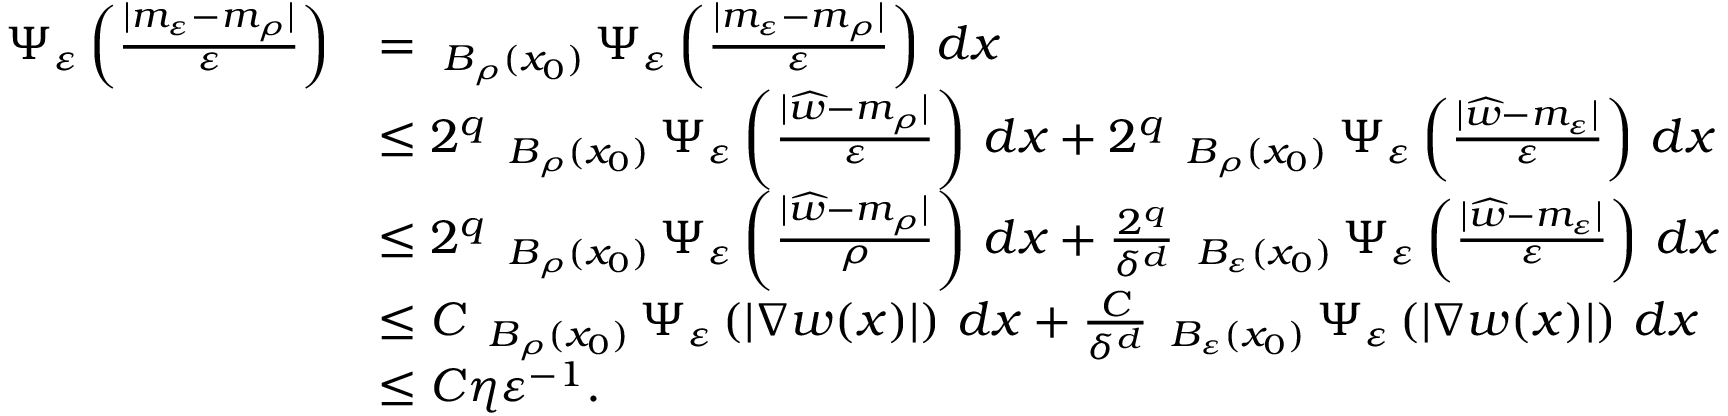
\begin{array} { r l } { \Psi _ { \varepsilon } \left( \frac { | m _ { \varepsilon } - m _ { \rho } | } { \varepsilon } \right) } & { = \fint _ { B _ { \rho } ( x _ { 0 } ) } \Psi _ { \varepsilon } \left( \frac { | m _ { \varepsilon } - m _ { \rho } | } { \varepsilon } \right) \, d x } \\ & { \leq 2 ^ { q } \fint _ { B _ { \rho } ( x _ { 0 } ) } \Psi _ { \varepsilon } \left( \frac { | \widehat { w } - m _ { \rho } | } { \varepsilon } \right) \, d x + 2 ^ { q } \fint _ { B _ { \rho } ( x _ { 0 } ) } \Psi _ { \varepsilon } \left( \frac { | \widehat { w } - m _ { \varepsilon } | } { \varepsilon } \right) \, d x } \\ & { \leq 2 ^ { q } \fint _ { B _ { \rho } ( x _ { 0 } ) } \Psi _ { \varepsilon } \left( \frac { | \widehat { w } - m _ { \rho } | } { \rho } \right) \, d x + \frac { 2 ^ { q } } { \delta ^ { d } } \fint _ { B _ { \varepsilon } ( x _ { 0 } ) } \Psi _ { \varepsilon } \left( \frac { | \widehat { w } - m _ { \varepsilon } | } { \varepsilon } \right) \, d x } \\ & { \leq C \fint _ { B _ { \rho } ( x _ { 0 } ) } \Psi _ { \varepsilon } \left( | \nabla w ( x ) | \right) \, d x + \frac { C } { \delta ^ { d } } \fint _ { B _ { \varepsilon } ( x _ { 0 } ) } \Psi _ { \varepsilon } \left( | \nabla w ( x ) | \right) \, d x } \\ & { \leq C \eta \varepsilon ^ { - 1 } . } \end{array}